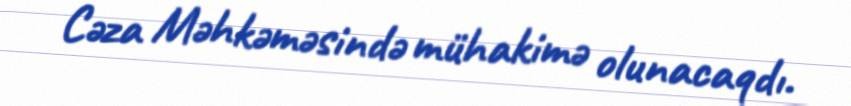
Cəza Məhkəməsində mühakimə olunacaqdı.